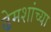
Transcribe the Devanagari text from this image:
ढेमशांच्या